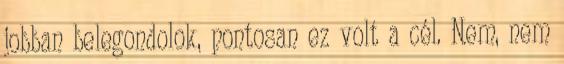
jobban belegondolok, pontosan ez volt a cél. Nem, nem